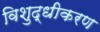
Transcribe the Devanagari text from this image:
विशुद्धीकरण